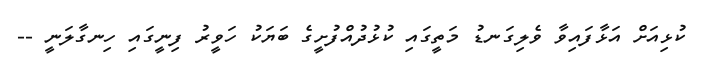
ކުޅިއަށް އަޅާފައިވާ ވެލިގަނޑު މަތީގައި ކުޅުދުއްފުށީގެ ބަޔަކު ހަވީރު ފިނީގައި ހިނގާލަނީ --